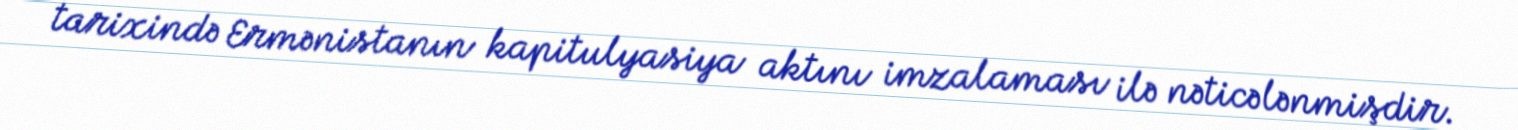
tarixində Ermənistanın kapitulyasiya aktını imzalaması ilə nəticələnmişdir.